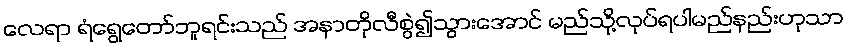
လေရာ ရံရွေတော်ဘူရင်းသည် အနာတိုလီစွဲ၍သွားအောင် မည်သို့လုပ်ရပါမည်နည်းဟုသာ